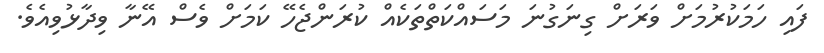
ފައި ހަމަކުރުމަށް ވަރަށް ގިނަގުނަ މަސައްކަތްތަކެއް ކުރަންޖެހޭ ކަމަށް ވެސް އޭނާ ވިދާޅުވިއެވެ.